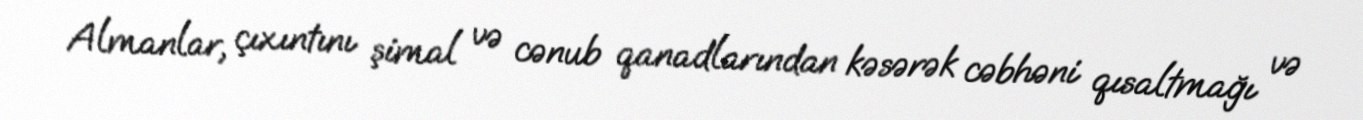
Almanlar, çıxıntını şimal və cənub qanadlarından kəsərək cəbhəni qısaltmağı və